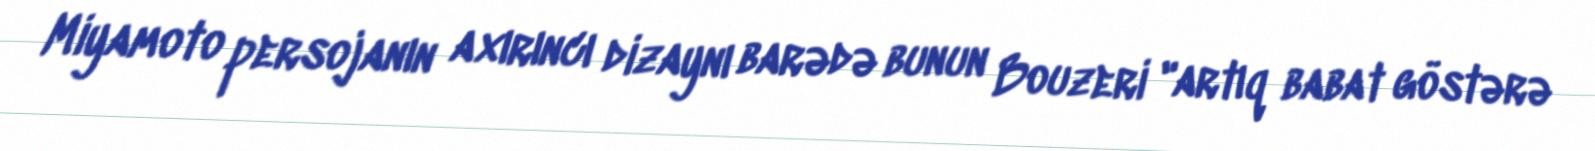
Miyamoto persojanın axırıncı dizaynı barədə bunun Bouzeri "artıq babat göstərə